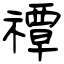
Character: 禫